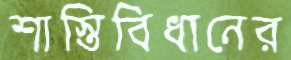
শাস্তিবিধানের